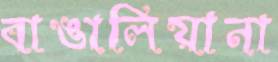
বাঙালিয়ানা